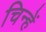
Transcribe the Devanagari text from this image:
चिन्हें